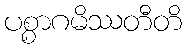
ပစ္စာဂမိဿတီတိ